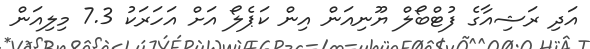
އަދި ރަޝިއާގެ ފުޓްބޯލް ޔޫނިއަން އިން ކަޕެލޯ އަށް އަހަރަކު 7.3 މިލިއަން